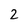
Character: 2